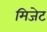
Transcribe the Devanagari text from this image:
मिजेट